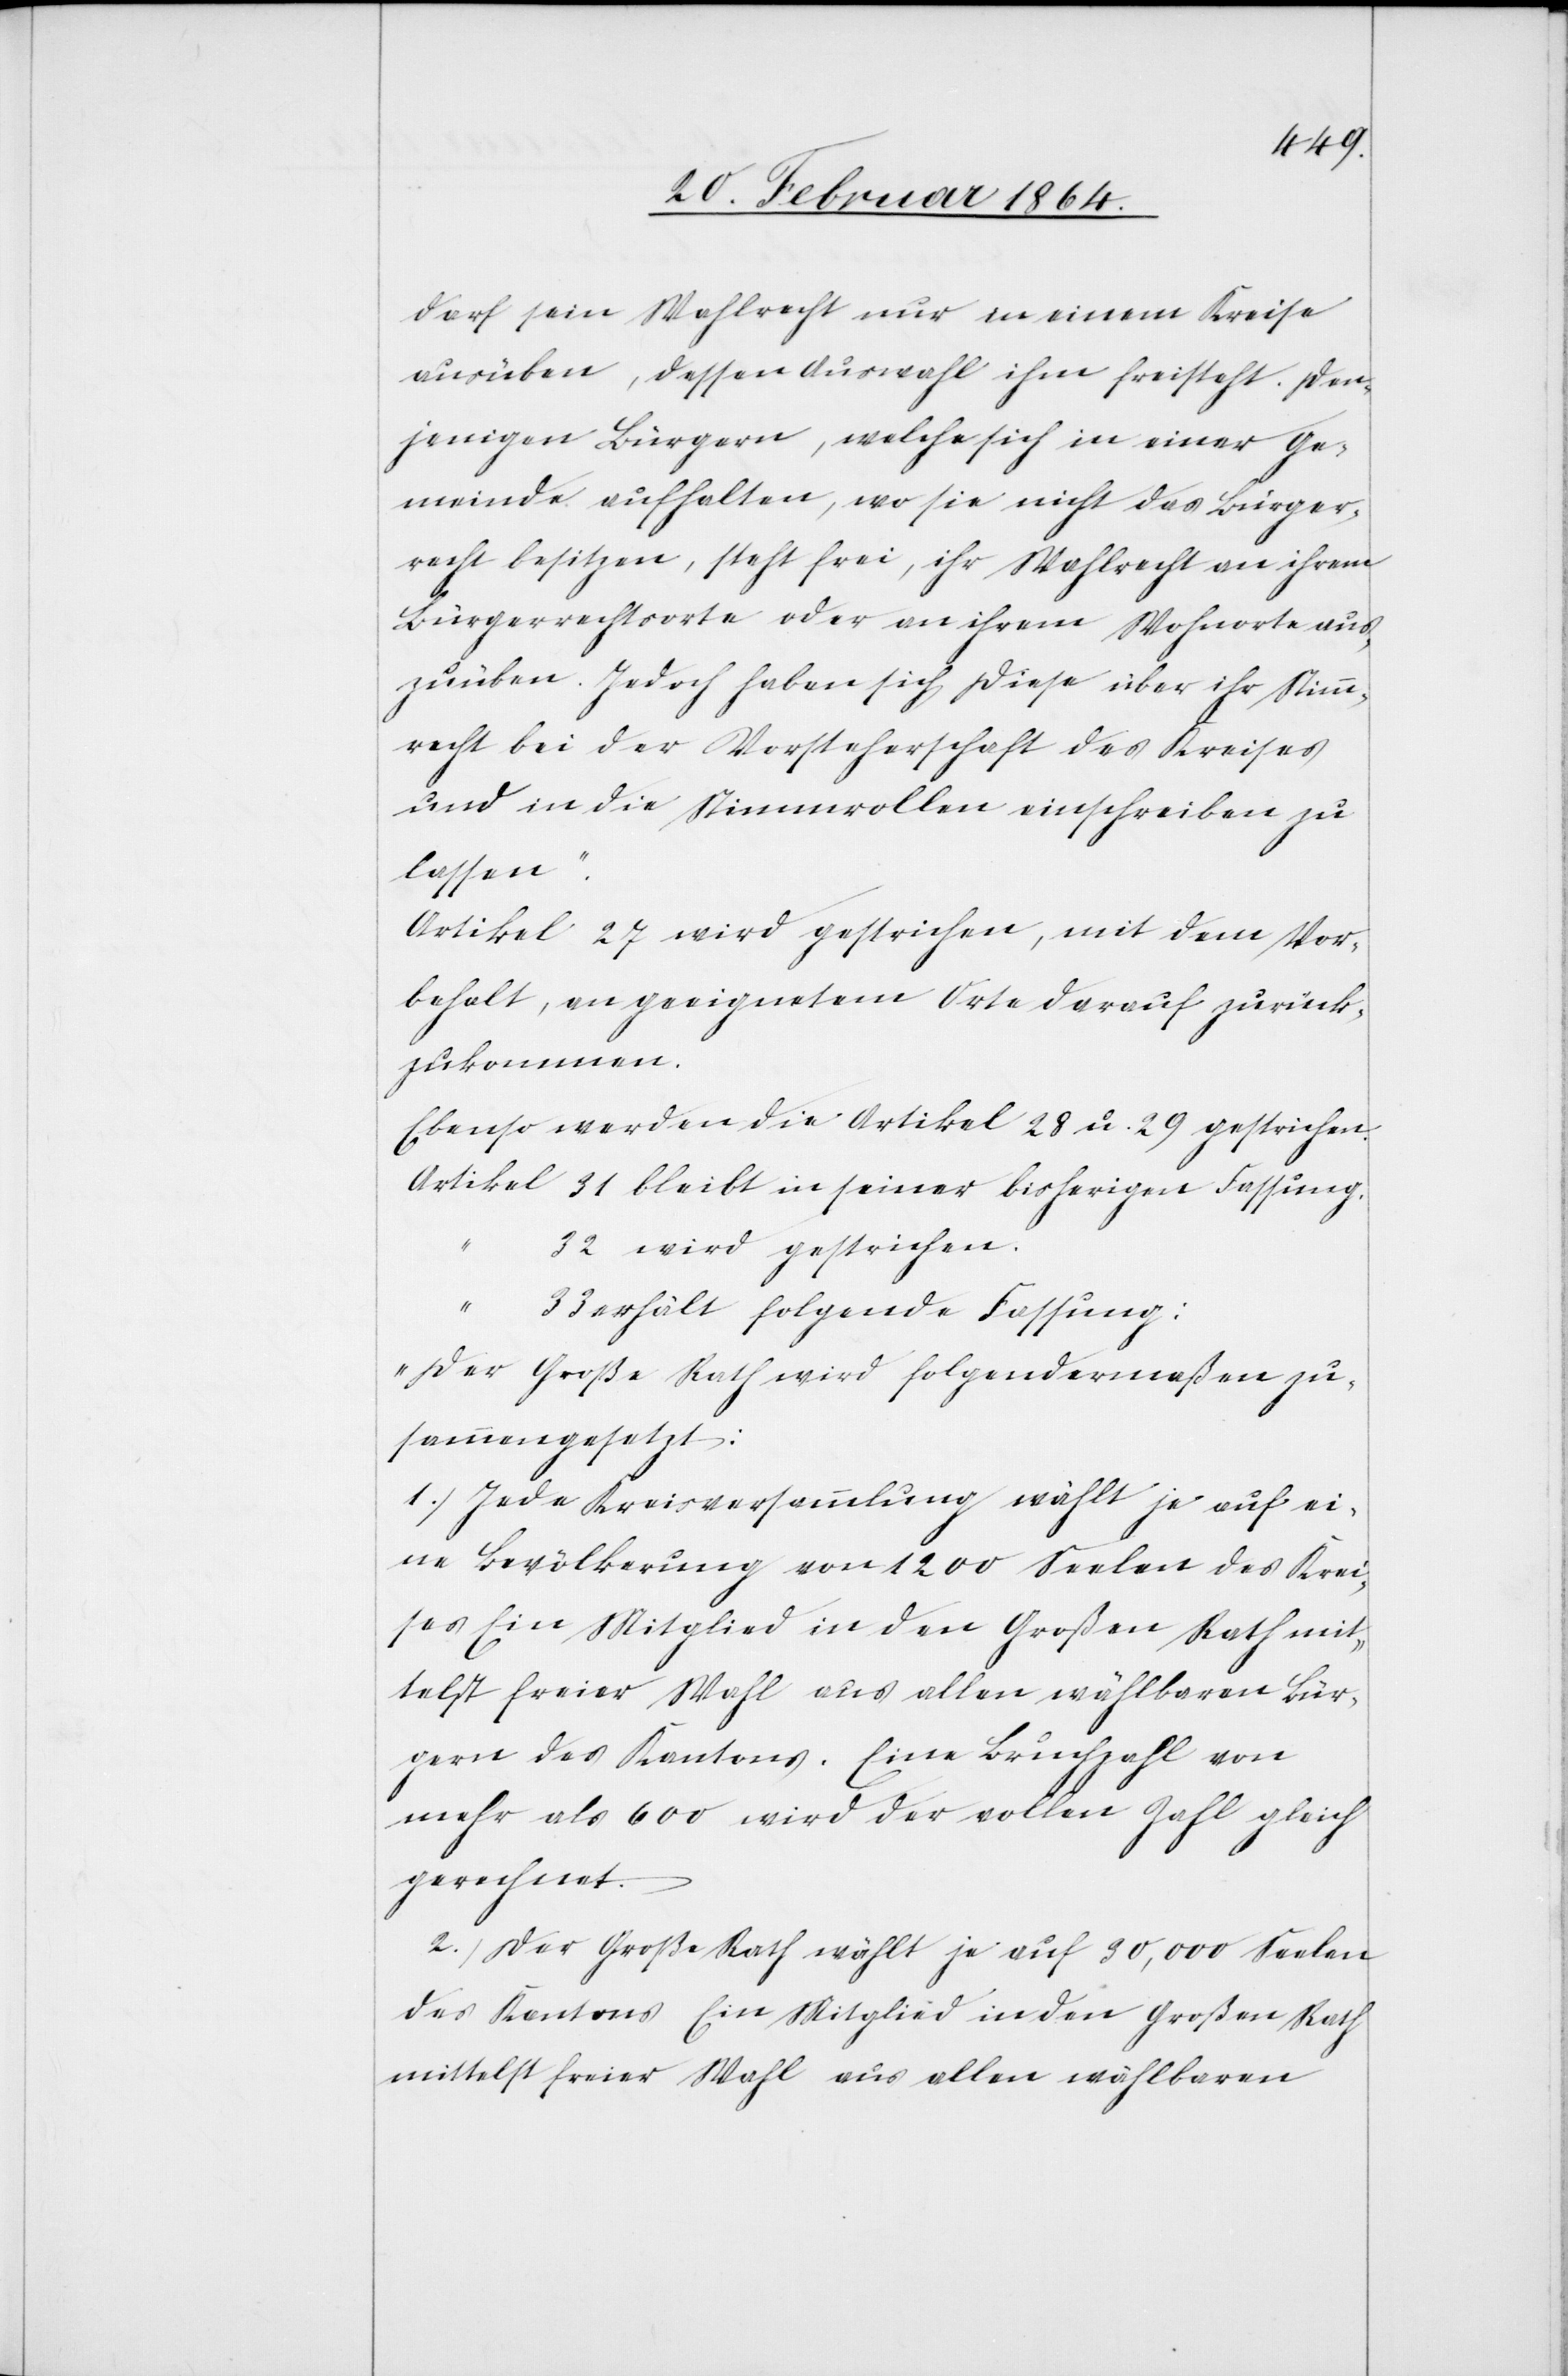
darf sein Wahlrecht nur in einem Kreise
ausüben, dessen Auswahl ihm freisteht. Den¬
jenigen Bürgern, welche sich in einer Ge¬
meinde aufhalten, wo sie nicht das Bürger¬
recht besitzen, steht frei, ihr Wahlrecht an ihrem
Bürgerrechtsorte oder an ihrem Wohnorte aus¬
zuüben. Jedoch haben sich diese über ihr Stimm¬
recht bei der Vorsteherschaft des Kreise¬
s in die Stimmrollen einschreiben zu
lassen.“
Artikel 27 wird gestrichen, mit dem Vor¬
behalt, an geeignetem Orte darauf zurück¬
zukommen.
Ebenso werden die Artikel 28 u. 29 gestrichen.
Artikel	31 bleibt in seiner bisherigen Fassung,
“		32 wird gestrichen.
erhält folgende Fassung:
„Der große Rath wird folgendermaßen zu¬
sammengesetzt:
1.) Jede Kreisversammlung wählt je auf ei¬
ne Bevölkerung von 1200 Seelen des Krei¬
ses Ein Mitglied in den Großen Rath mit¬
telst freier Wahl aus allen wählbaren Bür¬
gern des Kantons. Eine Bruchzahl von
mehr als 600 wird der vollen Zahl gleich
gerechnet.
2.) Der Große Rath wählt je auf 30,000 Seelen
des Kantons Ein Mitglied in den Großen Rath
mittelst freier Wahl aus allen wählbaren